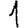
Digit: 1